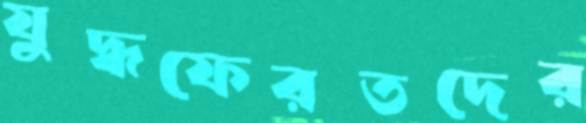
যুদ্ধফেরতদের